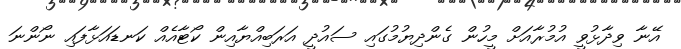
އޭނާ ވިދާޅުވީ އުމުރާއަށް މީހުން ގެންދިޔުމުގައި ސައުދީ އަރަބިއްޔާއިން ކޯޓާއެއް ކަނޑައަޅާފައި ނޯންނަ